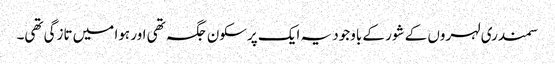
سمندری لہروں کے شور کے باوجود یہ ایک پرسکون جگہ تھی اور ہوا میں تازگی تھی۔